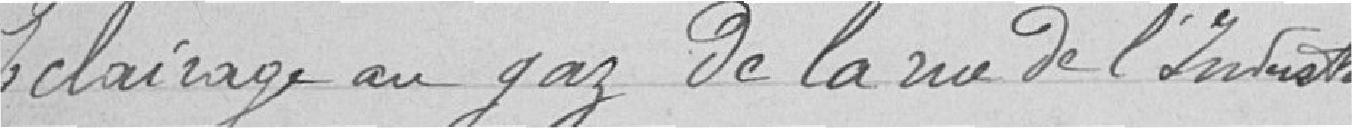
L'éclairage au gaz de la rue de l'Infanterie.